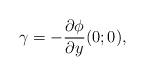
LaTeX: \begin{align*}\gamma = -\frac{\partial \phi}{\partial y}(0;0),\end{align*}